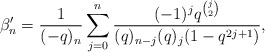
\begin{align*} \beta'_n = \frac{1}{(-q)_n}\sum_{j=0}^n \frac{(-1)^jq^{\binom{j}{2}}}{(q)_{n-j}(q)_{j}(1-q^{2j+1})},\end{align*}